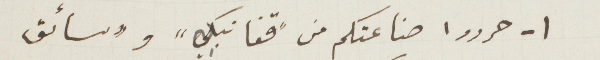
١ - حرروا صناعتكم من "قفا نبك" و"سائق